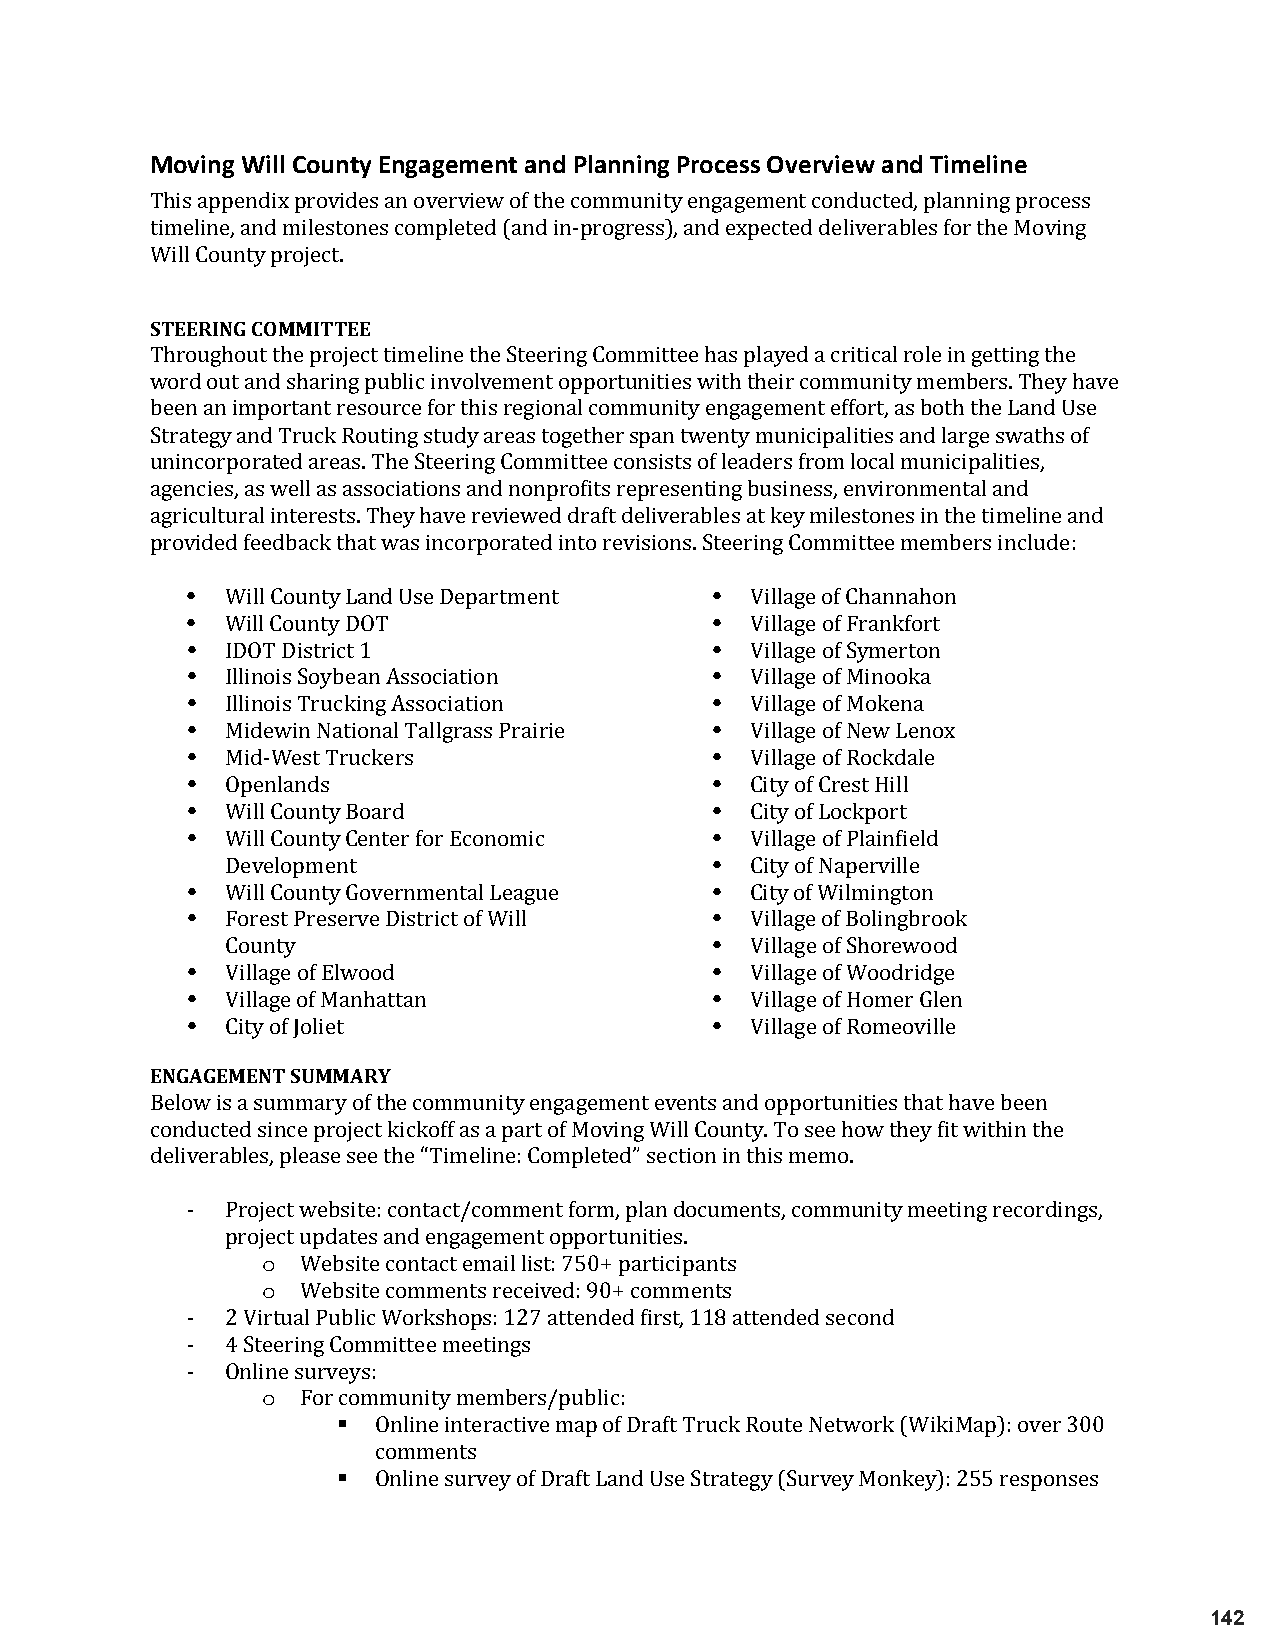
Moving Will County Engagement and Planning Process Overview and Timeline
 This appendix provides an overview of the community engagement conducted, planning process
 timeline, and milestones completed (and in-progress), and expected deliverables for the Moving
 Will County project.
 STEERING COMMITTEE
 Throughout the project timeline the Steering Committee has played a critical role in getting the
 word out and sharing public involvement opportunities with their community members. They have
 been an important resource for this regional community engagement effort, as both the Land Use
 Strategy and Truck Routing study areas together span twenty municipalities and large swaths of
 unincorporated areas. The Steering Committee consists of leaders from local municipalities,
 agencies, as well as associations and nonprofits representing business, environmental and
 agricultural interests. They have reviewed draft deliverables at key milestones in the timeline and
 prov• ided feedback that was incorporated into revisions. S•t eering Committee members include:
 •                                  •
 •  Will County Land Use Department •  Village of Channahon
 •  Will County DOT                 •  Village of Frankfort
 •  IDOT District 1                 •  Village of Symerton
 •  Illinois Soybean Association    •  Village of Minooka
 •  Illinois Trucking Association   •  Village of Mokena
 •  Midewin National Tallgrass Prairie • Village of New Lenox
 •  Mid-West Truckers               •  Village of Rockdale
 •  Openlands                       •  City of Crest Hill
 Will County Board               •  City of Lockport
 •  Will County Center for Economic •  Village of Plainfield
 •  Development                     •  City of Naperville
 Will County Governmental League •  City of Wilmington
 •  Forest Preserve District of Will • Village of Bolingbrook
 •  County                          •  Village of Shorewood
 •  Village of Elwood               •  Village of Woodridge
 Village of Manhattan               Village of Homer Glen
 ENGAGECMitEyN oTf SJoUlMieMt ARY        Village of Romeoville
 Below is a summary of the community engagement events and opportunities that have been
 conducted since project kickoff as a part of Moving Will County. To see how they fit within the
 deliv erables, please see the “Timeline: Completed” section in this memo.
 -  Proje ct website: contact/comment form, plan documents, community meeting recordings,
 o
 proje ct updates and engagement opportunities.
 o
 Website contact email list: 750+ participants
 Website comments received: 90+ comments
 -  2 Virtual Public Workshops: 127 attended first, 118 attended second
 -  4 Stee ring Committee meetings
 o
 -  Online surve ys:
 For community members/public:
   Online interactive map of Draft Truck Route Network (WikiMap): over 300
 comments
 Online survey of Draft Land Use Strategy (Survey Monkey): 255 responses
 142